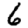
Digit: 6